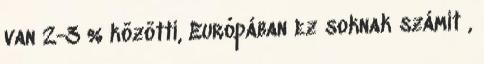
van 2-3 % közötti, Európában ez soknak számít ,